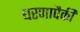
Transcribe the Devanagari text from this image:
धरणापैकी